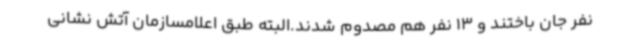
نفر جان باختند و 13 نفر هم مصدوم شدند.البته طبق اعلامسازمان آتش نشانی